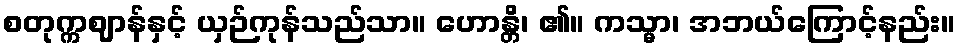
စတုက္ကဈာန်နှင့် ယှဉ်ကုန်သည်သာ။ ဟောန္တိ၊ ၏။ ကသ္မာ၊ အဘယ်ကြောင့်နည်း။